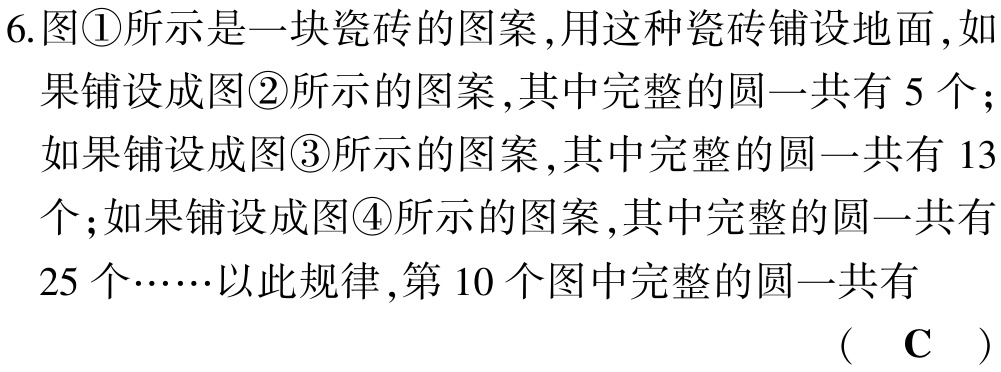
6.图\textcircled{1}所示是一块瓷砖的图案,用这种瓷砖铺设地面,如

果铺设成图\textcircled{2}所示的图案,其中完整的圆一共有 5 个;

如果铺设成图\textcircled{3}所示的图案,其中完整的圆一共有 13

个;如果铺设成图\textcircled{4}所示的图案,其中完整的圆一共有

25 个……以此规律,第 10 个图中完整的圆一共有

( C )